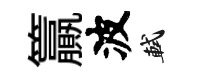
籯波軾